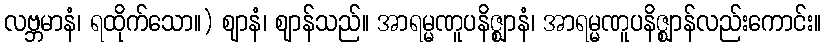
လဗ္ဘမာနံ၊ ရထိုက်သော။) ဈာနံ၊ ဈာန်သည်။ အာရမ္မဏူပနိဇ္ဈာနံ၊ အာရမ္မဏူပနိဇ္ဈာန်လည်းကောင်း။